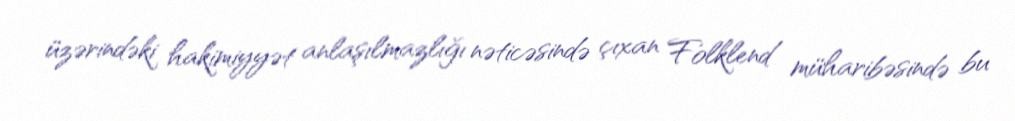
üzərindəki hakimiyyət anlaşılmazlığı nəticəsində çıxan Folklend müharibəsində bu